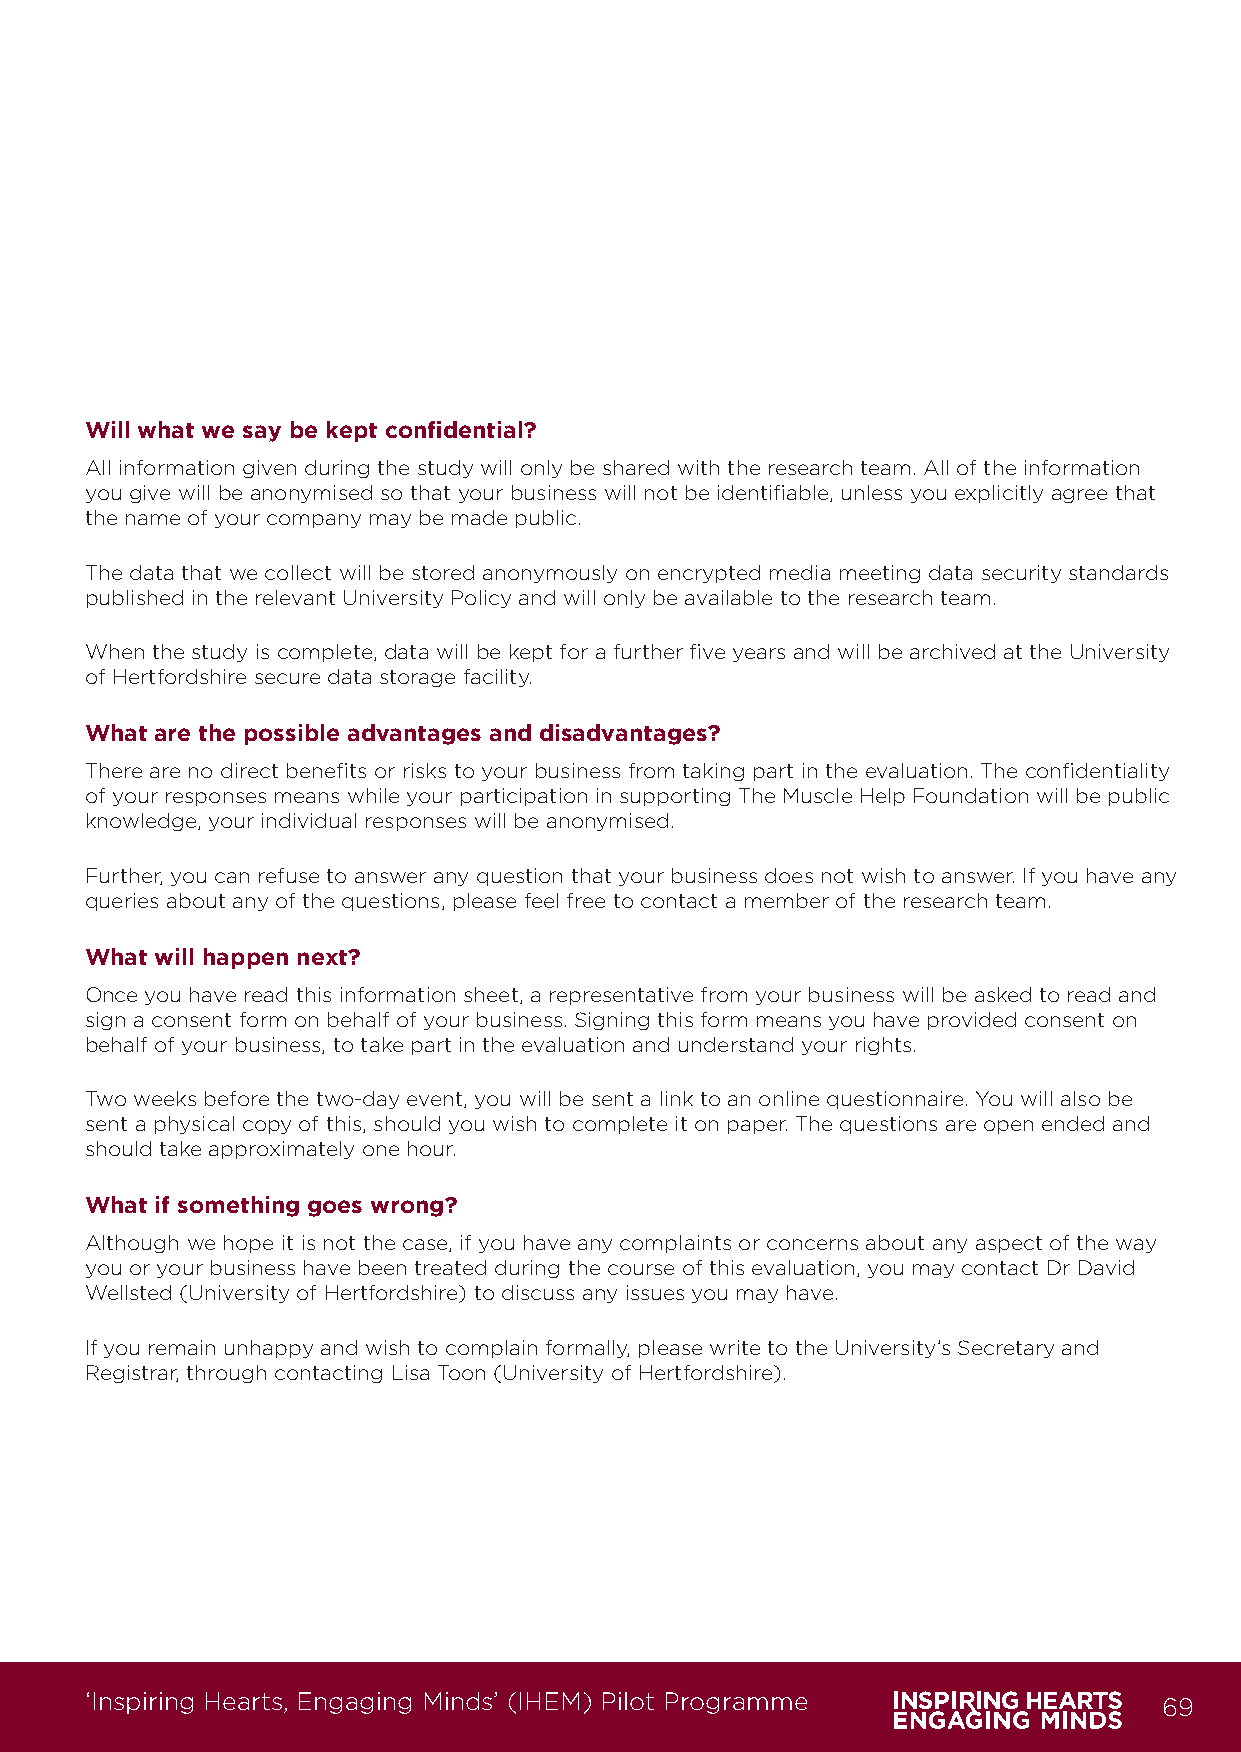
Will what we say be kept confidential?
 All information given during the study will only be shared with the research team. All of the information
 you give will be anonymised so that your business will not be identifiable, unless you explicitly agree that
 the name of your company may be made public.
 The data that we collect will be stored anonymously on encrypted media meeting data security standards
 published in the relevant University Policy and will only be available to the research team.
 When the study is complete, data will be kept for a further five years and will be archived at the University
 of Hertfordshire secure data storage facility.
 What are the possible advantages and disadvantages?
 There are no direct benefits or risks to your business from taking part in the evaluation. The confidentiality
 of your responses means while your participation in supporting The Muscle Help Foundation will be public
 knowledge, your individual responses will be anonymised.
 Further, you can refuse to answer any question that your business does not wish to answer. If you have any
 queries about any of the questions, please feel free to contact a member of the research team.
 What will happen next?
 Once you have read this information sheet, a representative from your business will be asked to read and
 sign a consent form on behalf of your business. Signing this form means you have provided consent on
 behalf of your business, to take part in the evaluation and understand your rights.
 Two weeks before the two-day event, you will be sent a link to an online questionnaire. You will also be
 sent a physical copy of this, should you wish to complete it on paper. The questions are open ended and
 should take approximately one hour.
 What if something goes wrong?
 Although we hope it is not the case, if you have any complaints or concerns about any aspect of the way
 you or your business have been treated during the course of this evaluation, you may contact Dr David
 Wellsted (University of Hertfordshire) to discuss any issues you may have.
 If you remain unhappy and wish to complain formally, please write to the University’s Secretary and
 Registrar, through contacting Lisa Toon (University of Hertfordshire).
 ‘Inspiring Hearts, Engaging Minds’ (IHEM) Pilot Programme              69
 IHEM-Evaluation-Summary-Report_Brand Compliant.indd 69                  29/09/2020 06:59:37